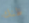
ظنك